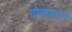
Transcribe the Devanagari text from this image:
गोणपाटाने